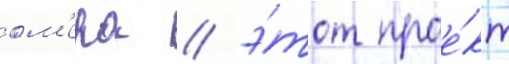
ом'ера / э́тот прое́кт